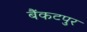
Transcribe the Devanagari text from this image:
बैंकटपुर